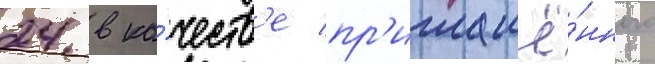
24 в ка́честв'е пр'иглашё́нного